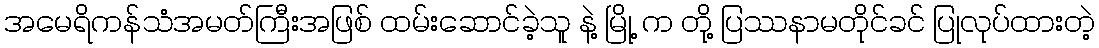
အမေရိကန်သံအမတ်ကြီးအဖြစ် ထမ်းဆောင်ခဲ့သူ နဲ့ မြို့ က တို့ ပြဿနာမတိုင်ခင် ပြုလုပ်ထားတဲ့